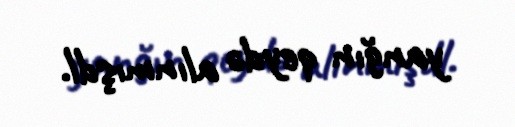
yanğın qeydə alınmışdl.